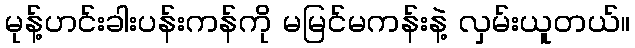
မုန့်ဟင်းခါးပန်းကန်ကို မမြင်မကန်းနဲ့ လှမ်းယူတယ်။